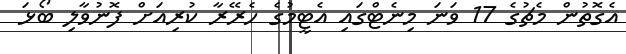
އެގޮތުން މެޗުގެ 17 ވަނަ މިނެޓްގައި އެޓީމުގެ ހެރޭރާ ކުރިއަށް ފޮނުވާލި ބޯޅަ